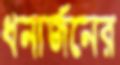
ধনার্জনের